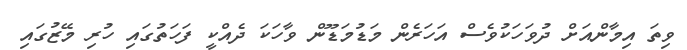
ވިތަ އިމާންއަށް ދުވަހަކުވެސް އަހަރެން މަޑުމަޑޫން ވާހަކަ ދެއްކީ ފަހަތުގައި ހުރި މޭޒުގައި